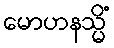
မောဟနသ္မိံ